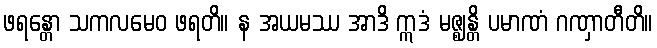
ဖရန္တော သကလမေဝ ဖရတိ။ န အယမဿ အာဒိ ဣဒံ မဇ္ဈန္တိ ပမာဏံ ဂဏှာတီတိ။